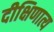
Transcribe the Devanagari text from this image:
दीक्षिणात्य